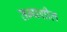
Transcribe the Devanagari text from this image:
तन्यशील